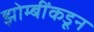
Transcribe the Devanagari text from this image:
झोम्बींकडून